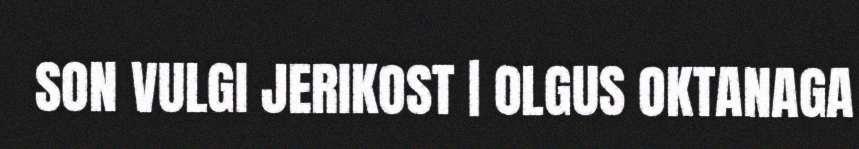
SON VULGI JERIKOST | OLGUS OKTANAGA